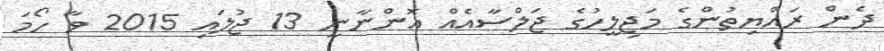
ދެން ރައްޔިތުންގެ މަޖިލީހުގެ ޖަލްސާއެއް އޮންނާނީ 13 ޖުލައި 2015 ވާ ހޯމަ